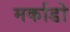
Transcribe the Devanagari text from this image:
मर्काडो